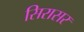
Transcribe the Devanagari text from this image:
सिरासर